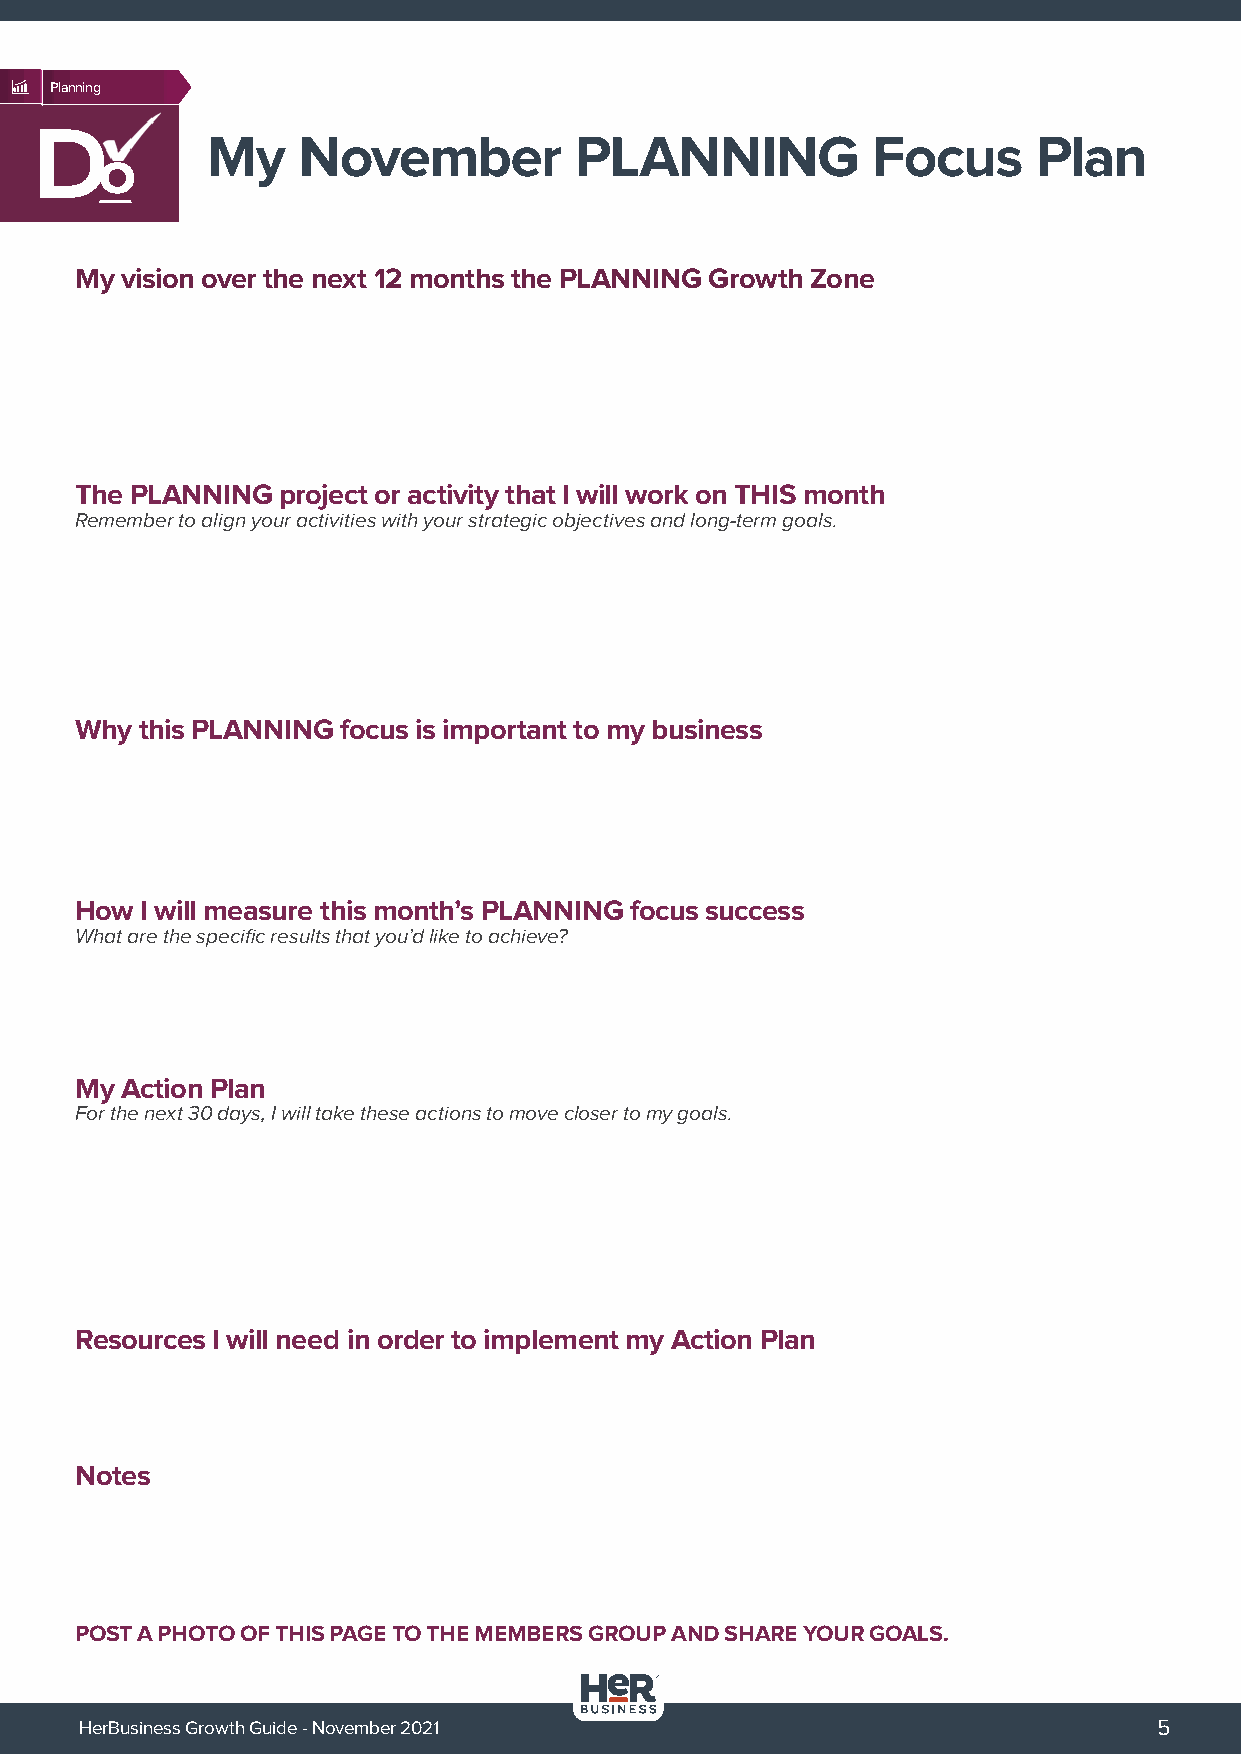
Planning
 D           My    November          PLANNING            Focus      Plan
 o
 My vision over the next 12 months the PLANNING Growth Zone
 The PLANNING project or activity that I will work on THIS month
 Remember to align your activities with your strategic objectives and long-term goals.
 Why this PLANNING focus is important to my business
 How I will measure this month’s PLANNING focus success
 What are the specific results that you’d like to achieve?
 My Action Plan
 For the next 30 days, I will take these actions to move closer to my goals.
 Resources I will need in order to implement my Action Plan
 Notes
 POST A PHOTO OF THIS PAGE TO THE MEMBERS GROUP AND SHARE YOUR GOALS.
 HerBusiness Growth Guide - November 2021                                5